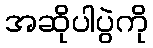
အဆိုပါပွဲကို